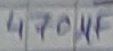
Text: 470µF